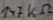
Text: 147KΩ